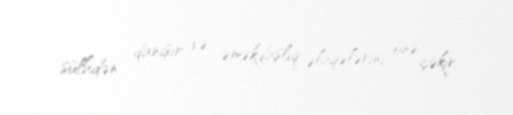
sülhdən danışır və əməkdaşlıq əlaqələrini önə çəkir.